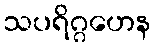
သပရိဂ္ဂဟေန